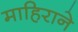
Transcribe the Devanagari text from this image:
माहिराने